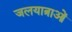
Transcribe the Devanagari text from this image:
जलयात्राओं